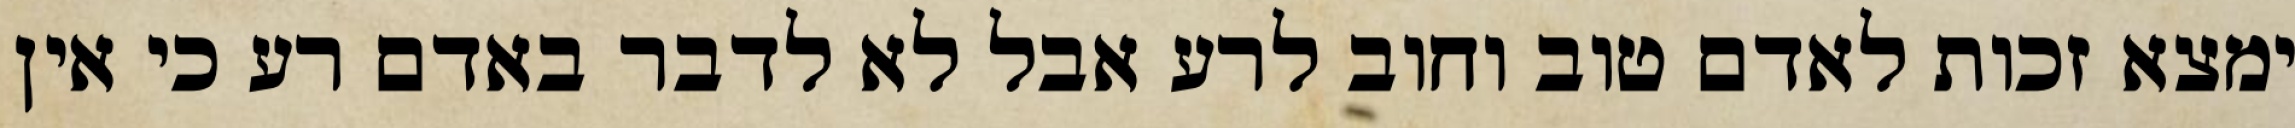
ימצא זכות לאדם טוב וחוב לרע אבל לא לדבר באדם רע כי אין